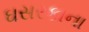
ઘસરકાના